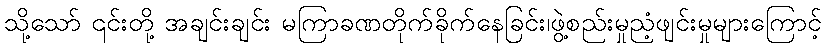
သို့သော် ၎င်းတို့ အချင်းချင်း မကြာခဏတိုက်ခိုက်နေခြင်း၊ဖွဲ့စည်းမှုညံ့ဖျင်းမှုများကြောင့်